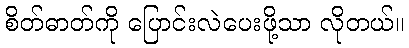
စိတ်ဓာတ်ကို ပြောင်းလဲပေးဖို့သာ လိုတယ်။